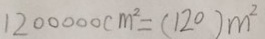
1 2 0 0 0 0 0 c m ^ { 2 } = ( 1 2 0 ) m ^ { 2 }